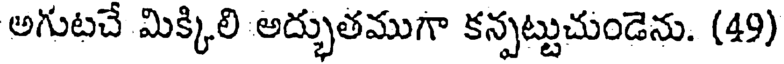
అగుటచే మిక్కిలి అద్భుతముగా కన్పట్టుచుండెను. (49)